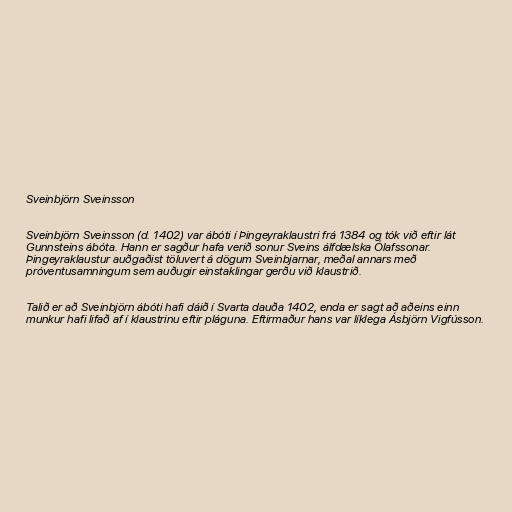
Sveinbjörn Sveinsson

Sveinbjörn Sveinsson (d. 1402) var ábóti í Þingeyraklaustri frá 1384 og tók við eftir lát
Gunnsteins ábóta. Hann er sagður hafa verið sonur Sveins álfdælska Ólafssonar.
Þingeyraklaustur auðgaðist töluvert á dögum Sveinbjarnar, meðal annars með
próventusamningum sem auðugir einstaklingar gerðu við klaustrið.

Talið er að Sveinbjörn ábóti hafi dáið í Svarta dauða 1402, enda er sagt að aðeins einn
munkur hafi lifað af í klaustrinu eftir pláguna. Eftirmaður hans var líklega Ásbjörn Vigfússon.